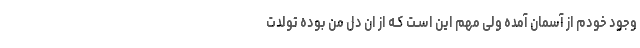
وجود خودم از آسمان آمده ولی مهم این اسـت کـه از ان دل من بوده تولدت